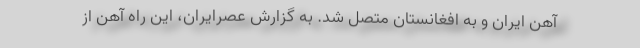
آهن ایران و به افغانستان متصل شد. به گزارش عصرایران، این راه آهن از